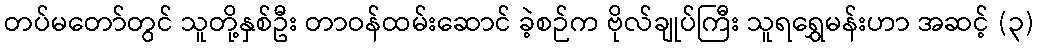
တပ်မတော်တွင် သူတို့နှစ်ဦး တာဝန်ထမ်းဆောင် ခဲ့စဉ်က ဗိုလ်ချုပ်ကြီး သူရရွှေမန်းဟာ အဆင့် (၃)